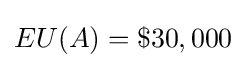
EU(A)=\$30,000